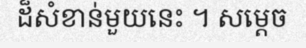
ដ៏សំខាន់មួយនេះ ។ សម្តេច